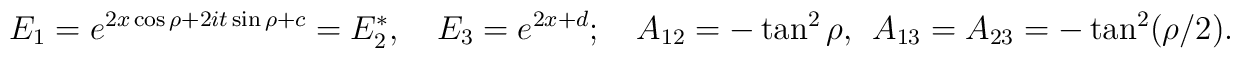
E_1=e^{2x\cos\rho+2it\sin\rho+c}=E_2^*, \quad E_3=e^{2x+d};\quad A_{12}=-\tan^2\rho,\ \ A_{13}=A_{23}=-\tan^2(\rho/2).